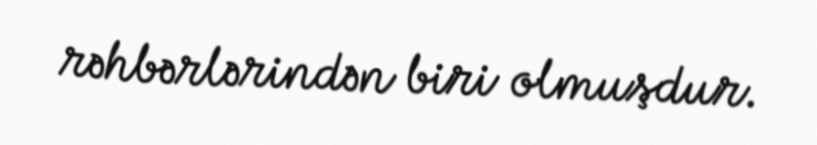
rəhbərlərindən biri olmuşdur.